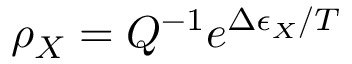
\rho _ { X } = Q ^ { - 1 } e ^ { \Delta \epsilon _ { X } / T }